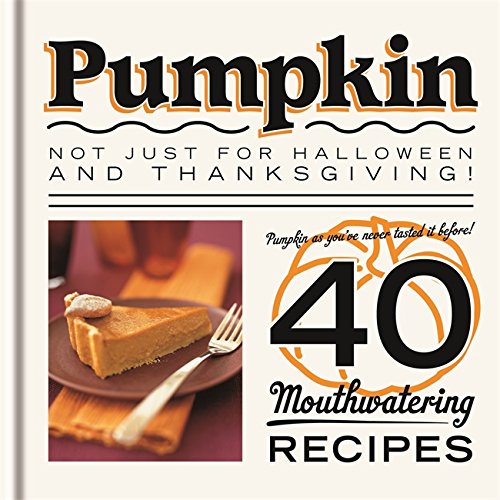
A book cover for Pumpkin: Not just for Halloween and Thanksgiving! Pumpkin as you've never tasted it before! 40 mouthwatering recipes.; Spruce; Cookbooks, Food & Wine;